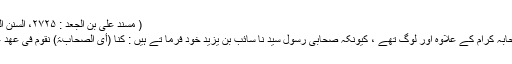
( مسند علی بن الجعد : ۲۷۲۵، السنن الکبری للبیھقی: ۴۹۶/۲، وسندہ صحیح)
یہ بیس رکعتیں پڑھنے والے لوگ صحابہ کرام کے علاوہ اور لوگ تھے ، کیونکہ صحابی رسول سید نا سائب بن یزید خود فرما تے ہیں : کنا (أی الصّحابۃ) نقوم فی عھد عمر بن الخظّاب با حدٰ ی عشرۃ رکعۃ۔